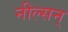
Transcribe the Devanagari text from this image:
नील्सन्